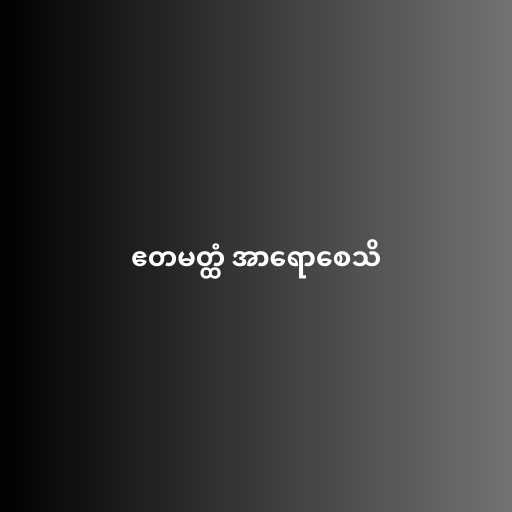
ဧတမတ္ထံ အာရောစေသိ